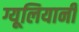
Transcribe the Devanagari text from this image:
ग्यूलियानी